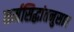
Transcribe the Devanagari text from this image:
कर्मसिद्धांतनुसार